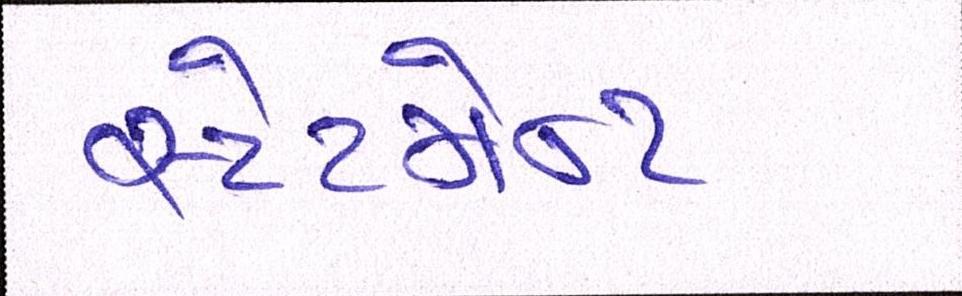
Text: સ્ટેટમેન્ટ